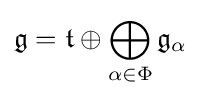
{\mathfrak {g}}={\mathfrak {t}}\oplus \bigoplus _{\alpha \in \Phi }{\mathfrak {g}}_{\alpha }